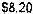
$8.20